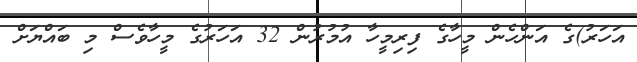
އަހަރު)ގެ އަންހެން މީހާގެ ފިރިމީހާ އުމުރުން 32 އަހަރުގެ މީހާވެސް މި ބައްޔަށް